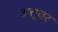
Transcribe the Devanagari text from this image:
अत्तूबर